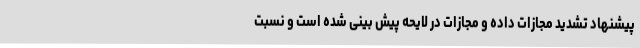
پیشنهاد تشدید مجازات داده و مجازات در لایحه پیش بینی شده است و نسبت